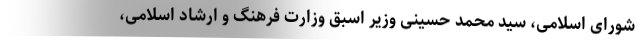
شورای اسلامی، سید محمد حسینی وزیر اسبق وزارت فرهنگ و ارشاد اسلامی،